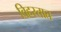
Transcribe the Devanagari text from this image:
विहरतात